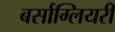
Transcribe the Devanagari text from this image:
बर्साग्लियरी